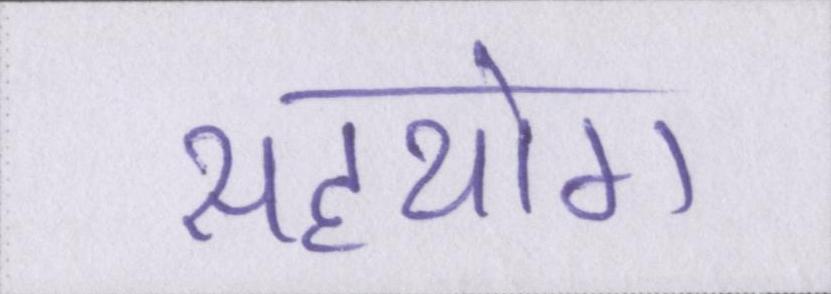
सहयोग